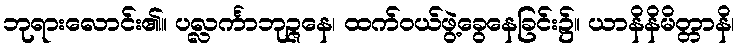
ဘုရားလောင်း၏။ ပလ္လင်္ကာဘုဉ္ဇနေ၊ ထက်ဝယ်ဖွဲ့ခွေနေခြင်း၌။ ယာနိနိမိတ္တာနိ၊